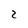
Character: 2